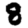
Digit: 8